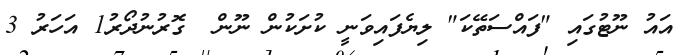
އައު ނޫޓުގައި "ފައްސަތޭކަ" ލިޔެފައިވަނީ ކުށަކުން ނޫން  ގޮރުނުދޯރު1 އަހަރު 3